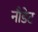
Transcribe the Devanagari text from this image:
नौडेट